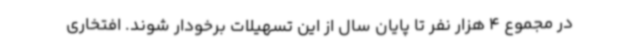
در مجموع 4 هزار نفر تا پایان سال از این تسهیلات برخودار شوند. افتخاری